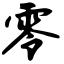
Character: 零